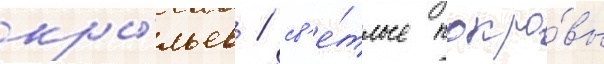
кры́льев / св'е́тлые покро́вы